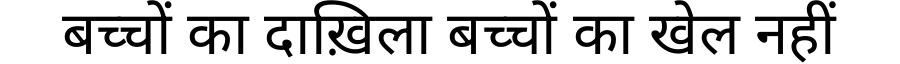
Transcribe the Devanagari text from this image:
बच्चों का दाख़िला बच्चों का खेल नहीं